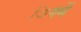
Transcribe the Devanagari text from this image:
जिनमें